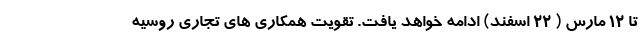
تا ۱۲ مارس ( ۲۲ اسفند) ادامه خواهد یافت. تقویت همکاری های تجاری روسیه